Statistics compiled by the Government of India from the reports of provincial Civil Veterinary Departments
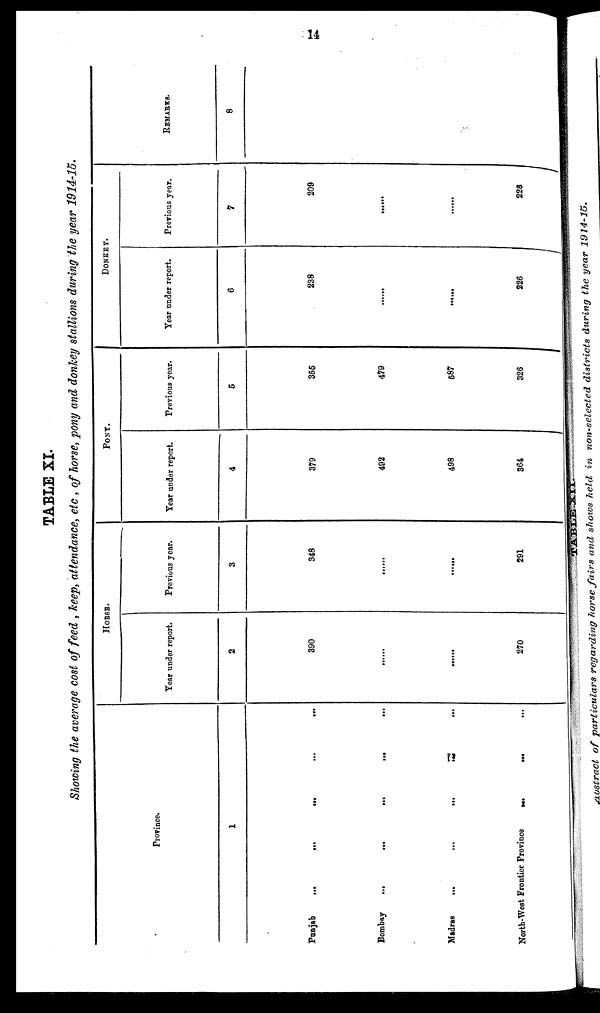
74
TABLE XI.
Showing the average cost of feed , keep, attendance, etc , of horse, pony and donkey stallions during the year 1914-15.
Province.
1
Punjab
...
...
...... ...
Bombay
...
...
......
...
Madras
...
...
...... ...
North-West Frontier Province
......
...
HORSE.
Year under report.
2
390
......
......
270
Previous year.
3
348
......
......
291
PONY.
Year under report.
4
379
492
498
364
Previous year.
5
355
479
587
326
DONKEY.
Year under report.
6
238
......
......
226
Previous year.
7
209
......
......
226
REMARKS.
8